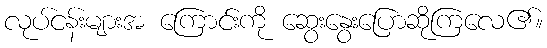
လုပ်ငန်းများအ ကြောင်းကို ဆွေးနွေးပြောဆိုကြလေ၏။